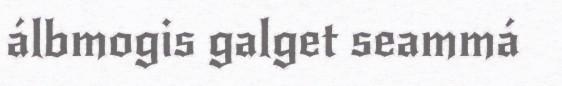
álbmogis galget seammá